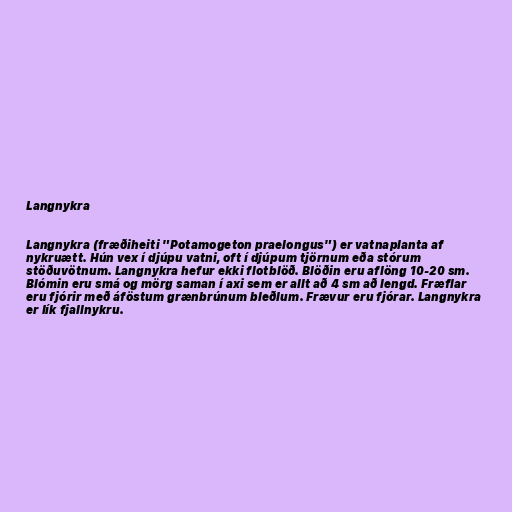
Langnykra

Langnykra (fræðiheiti "Potamogeton praelongus") er vatnaplanta af
nykruætt. Hún vex í djúpu vatni, oft í djúpum tjörnum eða stórum
stöðuvötnum. Langnykra hefur ekki flotblöð. Blöðin eru aflöng 10-20 sm.
Blómin eru smá og mörg saman í axi sem er allt að 4 sm að lengd. Fræflar
eru fjórir með áföstum grænbrúnum bleðlum. Frævur eru fjórar. Langnykra
er lík fjallnykru.